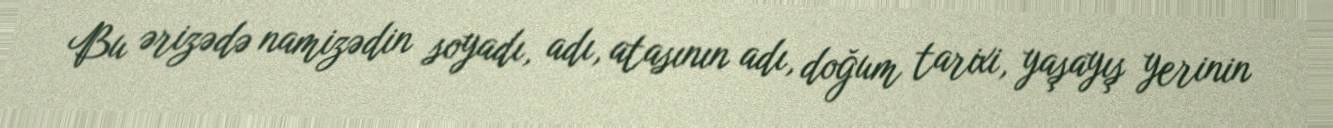
Bu ərizədə namizədin soyadı, adı, atasının adı, doğum tarixi, yaşayış yerinin